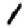
Digit: 1